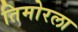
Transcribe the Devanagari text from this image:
तिमोरला